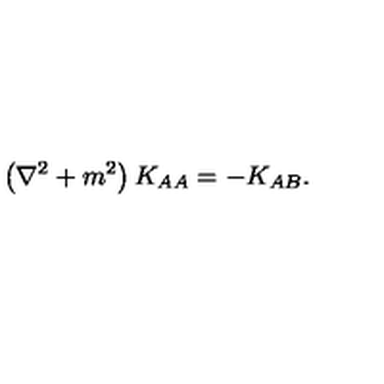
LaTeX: \left( \nabla ^ { 2 } + m ^ { 2 } \right) K _ { A A } = - K _ { A B } .